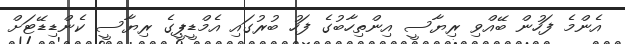
އެންމެ ފަހުން ބޭއްވި ރިޔާސީ އިންތިހާބުގެ ފަހު ބުރުގައި އެމްޑީޕީގެ ރިޔާސީ ކެންޑިޑޭޓަށް